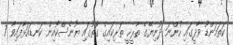
ކަތަމަންޑޫ ވާދީގައި ހުންނަ ދުނިޔޭގެ ތާރީޚީ ތަރިކައިގެ ގޮތުގައި ޔުނެސްކޯއިން ކަނޑައަޅާފައިވާ 7